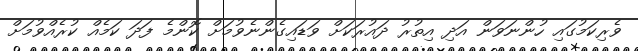
ވެރިކަމުގައި ހުންނަވަން އަދި އިތުރު ދައުރަކަށް ވަޑައިގެންނެވުމަށް ކޮންމެ ފަދަ ކަމެއް ކުރެއްވުމަށް